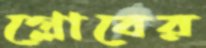
গ্লোবের